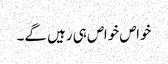
خواص خواص ہی رہیں گے۔